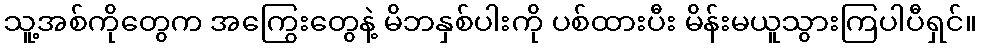
သူ့အစ်ကိုတွေက အကြွေးတွေနဲ့ မိဘနှစ်ပါးကို ပစ်ထားပီး မိန်းမယူသွားကြပါပီရှင်။